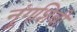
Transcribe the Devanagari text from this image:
नूंगशिबी